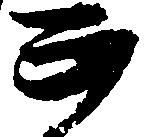
正